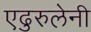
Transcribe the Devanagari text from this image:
एढुरुलेनी